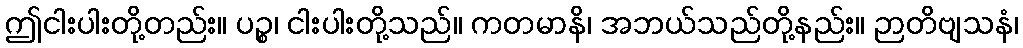
ဤငါးပါးတို့တည်း။ ပဉ္စ၊ ငါးပါးတို့သည်။ ကတမာနိ၊ အဘယ်သည်တို့နည်း။ ဉာတိဗျသနံ၊